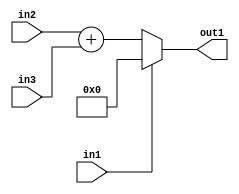
`timescale 1ps / 1ps
/*****************************************************************************
    Verilog RTL Description
    
    
    Created by: Stratus DpOpt 21.05.01 
*******************************************************************************/

module dut_entirecomputation_alt6_1 (
	in1,
	in2,
	in3,
	out1
	); /* architecture "behavioural" */ 
input  in1,
	in2;
input [4:0] in3;
output [5:0] out1;
wire [5:0] asc001,
	asc002;

assign asc002 = 
	+(in2)
	+(in3);

reg [5:0] asc001_tmp_0;
assign asc001 = asc001_tmp_0;
always @ (in1 or asc002) begin
	case (in1)
		1'B1 : asc001_tmp_0 = 6'B000000 ;
		default : asc001_tmp_0 = asc002 ;
	endcase
end

assign out1 = asc001;
endmodule

/* CADENCE  uLjwQwE= : u9/ySxbfrwZIxEzHVQQV8Q== ** DO NOT EDIT THIS LINE ******/